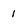
Character: 1